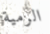
الرمية